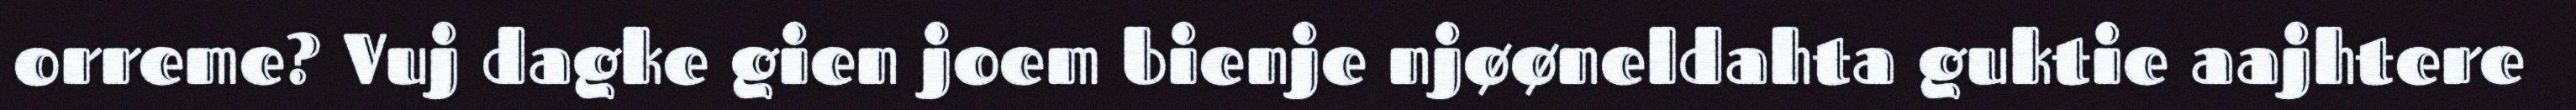
orreme? Vuj dagke gien joem bienje njøøneldahta guktie aajhtere